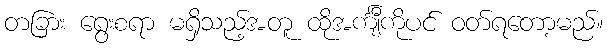
တခြား ရွေးစရာ မရှိသည့်အတူ ထိုအင်္ကျီကိုပင် ဝတ်ရတော့မည်။